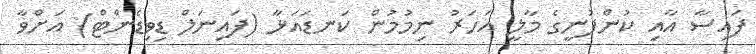
ފައިސާ އާއި ކުންފުނީގެ މާލީ އަހަރު ނިމުމުން ކަނޑައަޅާ (ފައިނަލް ޑިވިޑެންޓް) އަށްވާ